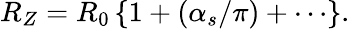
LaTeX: R_{Z}=R_{0}\left\{ 1+(\alpha_{s}/\pi)+\cdots\right\} .